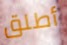
أطلق